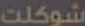
شوكلت